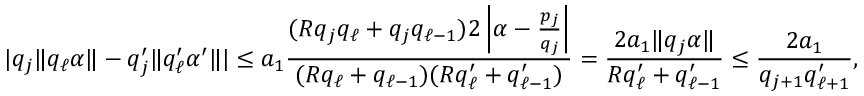
| q _ { j } \| q _ { \ell } \alpha \| - q _ { j } ^ { \prime } \| q _ { \ell } ^ { \prime } \alpha ^ { \prime } \| | \le a _ { 1 } \frac { ( R q _ { j } q _ { \ell } + q _ { j } q _ { \ell - 1 } ) 2 \left| \alpha - \frac { p _ { j } } { q _ { j } } \right| } { ( R q _ { \ell } + q _ { \ell - 1 } ) ( R q _ { \ell } ^ { \prime } + q _ { \ell - 1 } ^ { \prime } ) } = \frac { 2 a _ { 1 } \| q _ { j } \alpha \| } { R q _ { \ell } ^ { \prime } + q _ { \ell - 1 } ^ { \prime } } \le \frac { 2 a _ { 1 } } { q _ { j + 1 } q _ { \ell + 1 } ^ { \prime } } ,